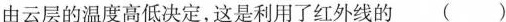
由云层的温度高低决定，这是利用了红外线的()